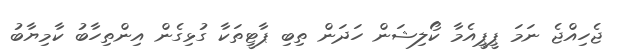
ޖެހިއްޖެ ނަމަ ޕީޕީއެމާ ކޯލިޝަން ހަދަން ތިބި ޕާޓީތަކާ ގުޅިގެން އިންތިހާބު ކާމިޔާބު